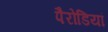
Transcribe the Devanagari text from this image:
पैरोडियां